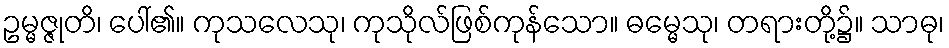
ဥမ္မဇ္ဇုတိ၊ ပေါ်၏။ ကုသလေသု၊ ကုသိုလ်ဖြစ်ကုန်သော။ ဓမ္မေသု၊ တရားတို့၌။ သာဓု၊